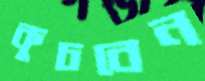
কুচবেন